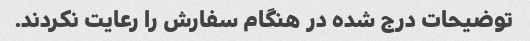
توضیحات درج شده در هنگام سفارش را رعایت نکردند.